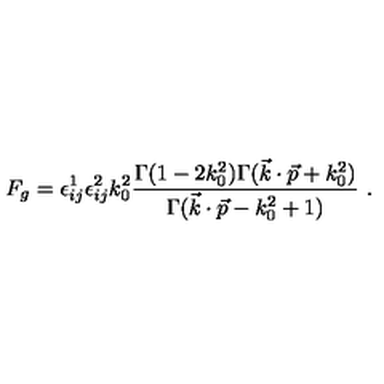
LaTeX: F _ { g } = \epsilon _ { i j } ^ { 1 } \epsilon _ { i j } ^ { 2 } k _ { 0 } ^ { 2 } { \frac { \Gamma ( 1 - 2 k _ { 0 } ^ { 2 } ) \Gamma ( \vec { k } \cdot \vec { p } + k _ { 0 } ^ { 2 } ) } { \Gamma ( \vec { k } \cdot \vec { p } - k _ { 0 } ^ { 2 } + 1 ) } } \ .